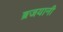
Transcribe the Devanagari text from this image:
ब्रजयानी